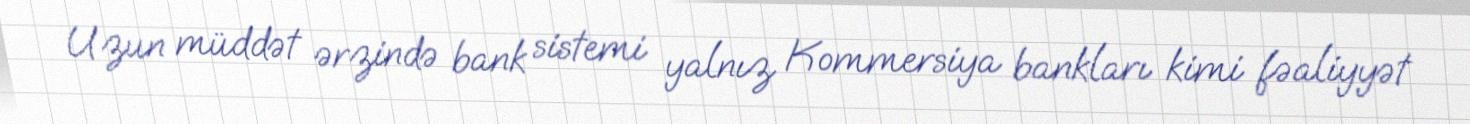
Uzun müddət ərzində bank sistemi yalnız Kommersiya bankları kimi fəaliyyət